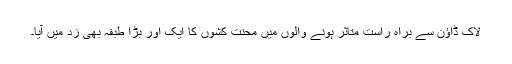
لاک ڈاؤن سے براہ راست متاثر ہونے والوں میں محنت کشوں کا ایک اور بڑا طبقہ بھی زد میں آیا۔